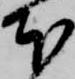
本